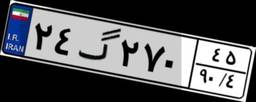
۲۴گ۲۷۰۴۵